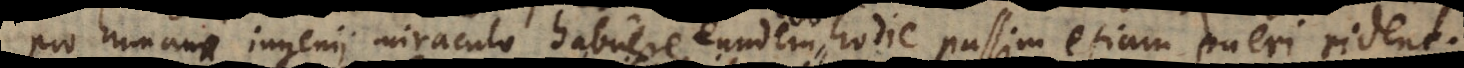
pro humani ingenii miraculo habuere, eundem hodie passim etiam pueri rident.